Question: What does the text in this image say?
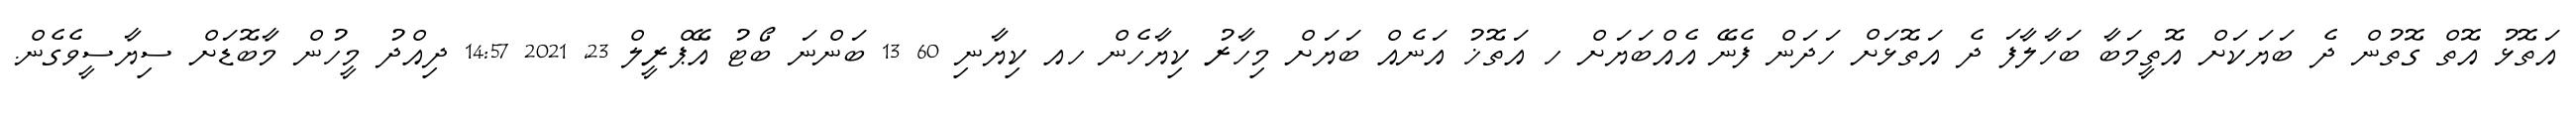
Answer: އަތޮޅު އޮތް ގޮތުން ދެ ބަޔަކަށް އޮތީމަބާ ބަހާލާފަ ދެ އަތޮޅަށް ހަދަން ފެނޭ އެއްބަޔަށް ހ އަތޮޚު އަނެއް ބަޔަށް މިހާރު ކިޔާހެން ހއ ކިޔާނި 60 13 ބަންނަ ބޯޓު އޭޕްރީލް 23, 2021 14:57 ދިއްދު މީހުން މާބޮޑަށް ސިޔާސީވެގެން.